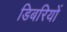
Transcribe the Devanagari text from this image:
डिबरियों